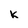
Character: K